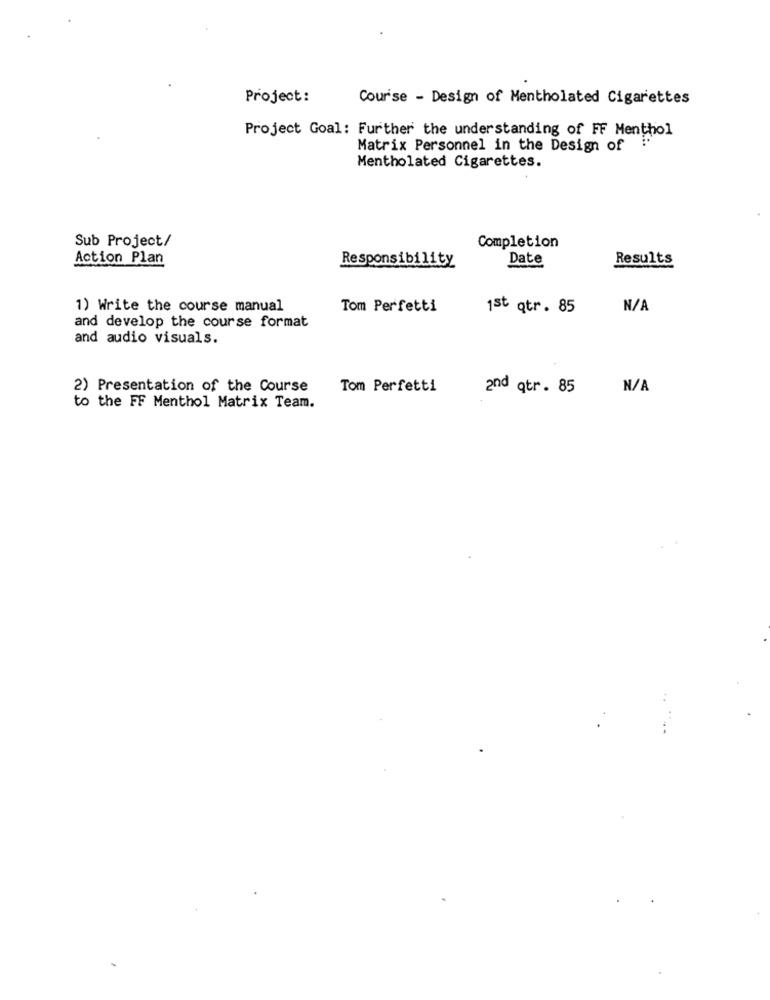
Project:
Course - Design of Mentholated Cigarettes
Project Goal: Further the understanding of FF Menthol
Matrix Personnel in the Design of
Mentholated Cigarettes.
Sub Project/
Completion
Action Plan
Responsibility
Date
Results
1) Write the course manual
Tom Perfetti
1st qtr. 85
and develop the course format
and audio visuals.
2) Presentation of the Course
Tom Perfetti
and qtr. 85
to the FF Menthol Matrix Team.